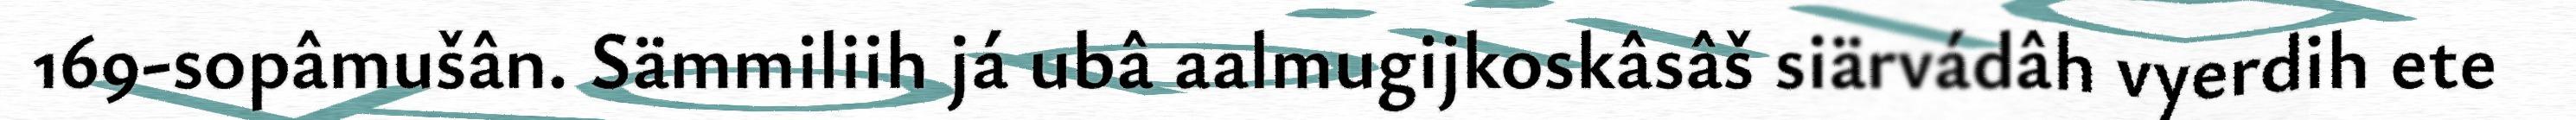
169-sopâmušân. Sämmiliih já ubâ aalmugijkoskâsâš siärvádâh vyerdih ete